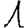
Digit: 1